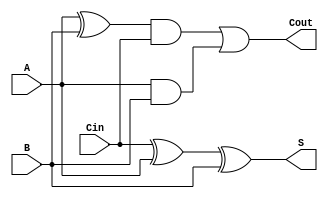
module FULLADDAR_RTL (A,B,Cin,S,Cout);

input A,B,Cin; 
output S,Cout;

assign S=Cin ^ A ^ B ;
assign Cout=(((A^B)&Cin)|(A&B));

endmodule 

/*module FULLADDAR_RTL (A,B,Cin,S,Cout);

input wire A,B,Cin; 
output reg S,Cout;

always @(A or B or Cin) 
 begin 
 S <= Cin ^ A ^ B ;
 Cout<=(((A^B)&Cin)|(A&B));
 end 
endmodule */ 

/*module HALFADDAR_RTL(A,B,C,S);
				 
   input A,B;
   output S,C; 

   assign S=A ^ B;
   assign C=A & B;

endmodule

module FULLADDAR_RTL (A,B,Cin,S,Cout);


    input A;
    input B;
     input Cin;
    output S;
     output Cout;
     wire w1,w2,w3;
     

    HALFADDAR_RTL  HA1	(
        .A(A),
        .B(B),
        .S(w1),
        .C(w2)
    );
    
    HALFADDAR_RTL  HA2(
        .A(w1),
        .B(Cin),
        .S(S),
        .C(w3)
    );
	 or OR1(Cout,w3,w2); 
	 
	 

endmodule*/